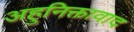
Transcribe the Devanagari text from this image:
अहुनिक्तावाद